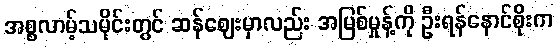
အစ္စလာမ့်သမိုင်းတွင် ဆန်ဈေးမှာလည်း အမြစ်မှုန့်ကို ဦးရန်နောင်စိုးက